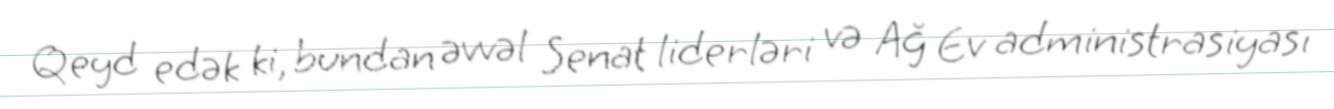
Qeyd edək ki, bundan əvvəl Senat liderləri və Ağ Ev administrasiyası